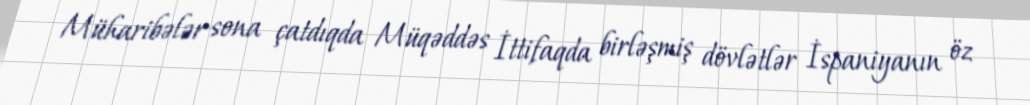
Müharibələr sona çatdıqda Müqəddəs İttifaqda birləşmiş dövlətlər İspaniyanın öz